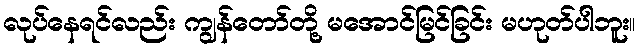
လုပ်နေရင်လည်း ကျွန်တော်တို့ မအောင်မြင်ခြင်း မဟုတ်ပါဘူး။